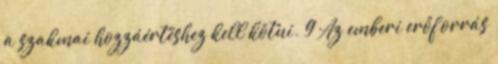
a szakmai hozzáértéshez kell kötni. 9 Az emberi erőforrás